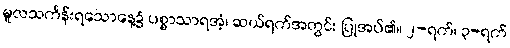
မူလသင်္ကန်းရသောနေ့၌ ပစ္စာသာရအံ့၊ ဆယ်ရက်အတွင်း ပြုအပ်၏။ ၂-ရက်၊ ၃-ရက်